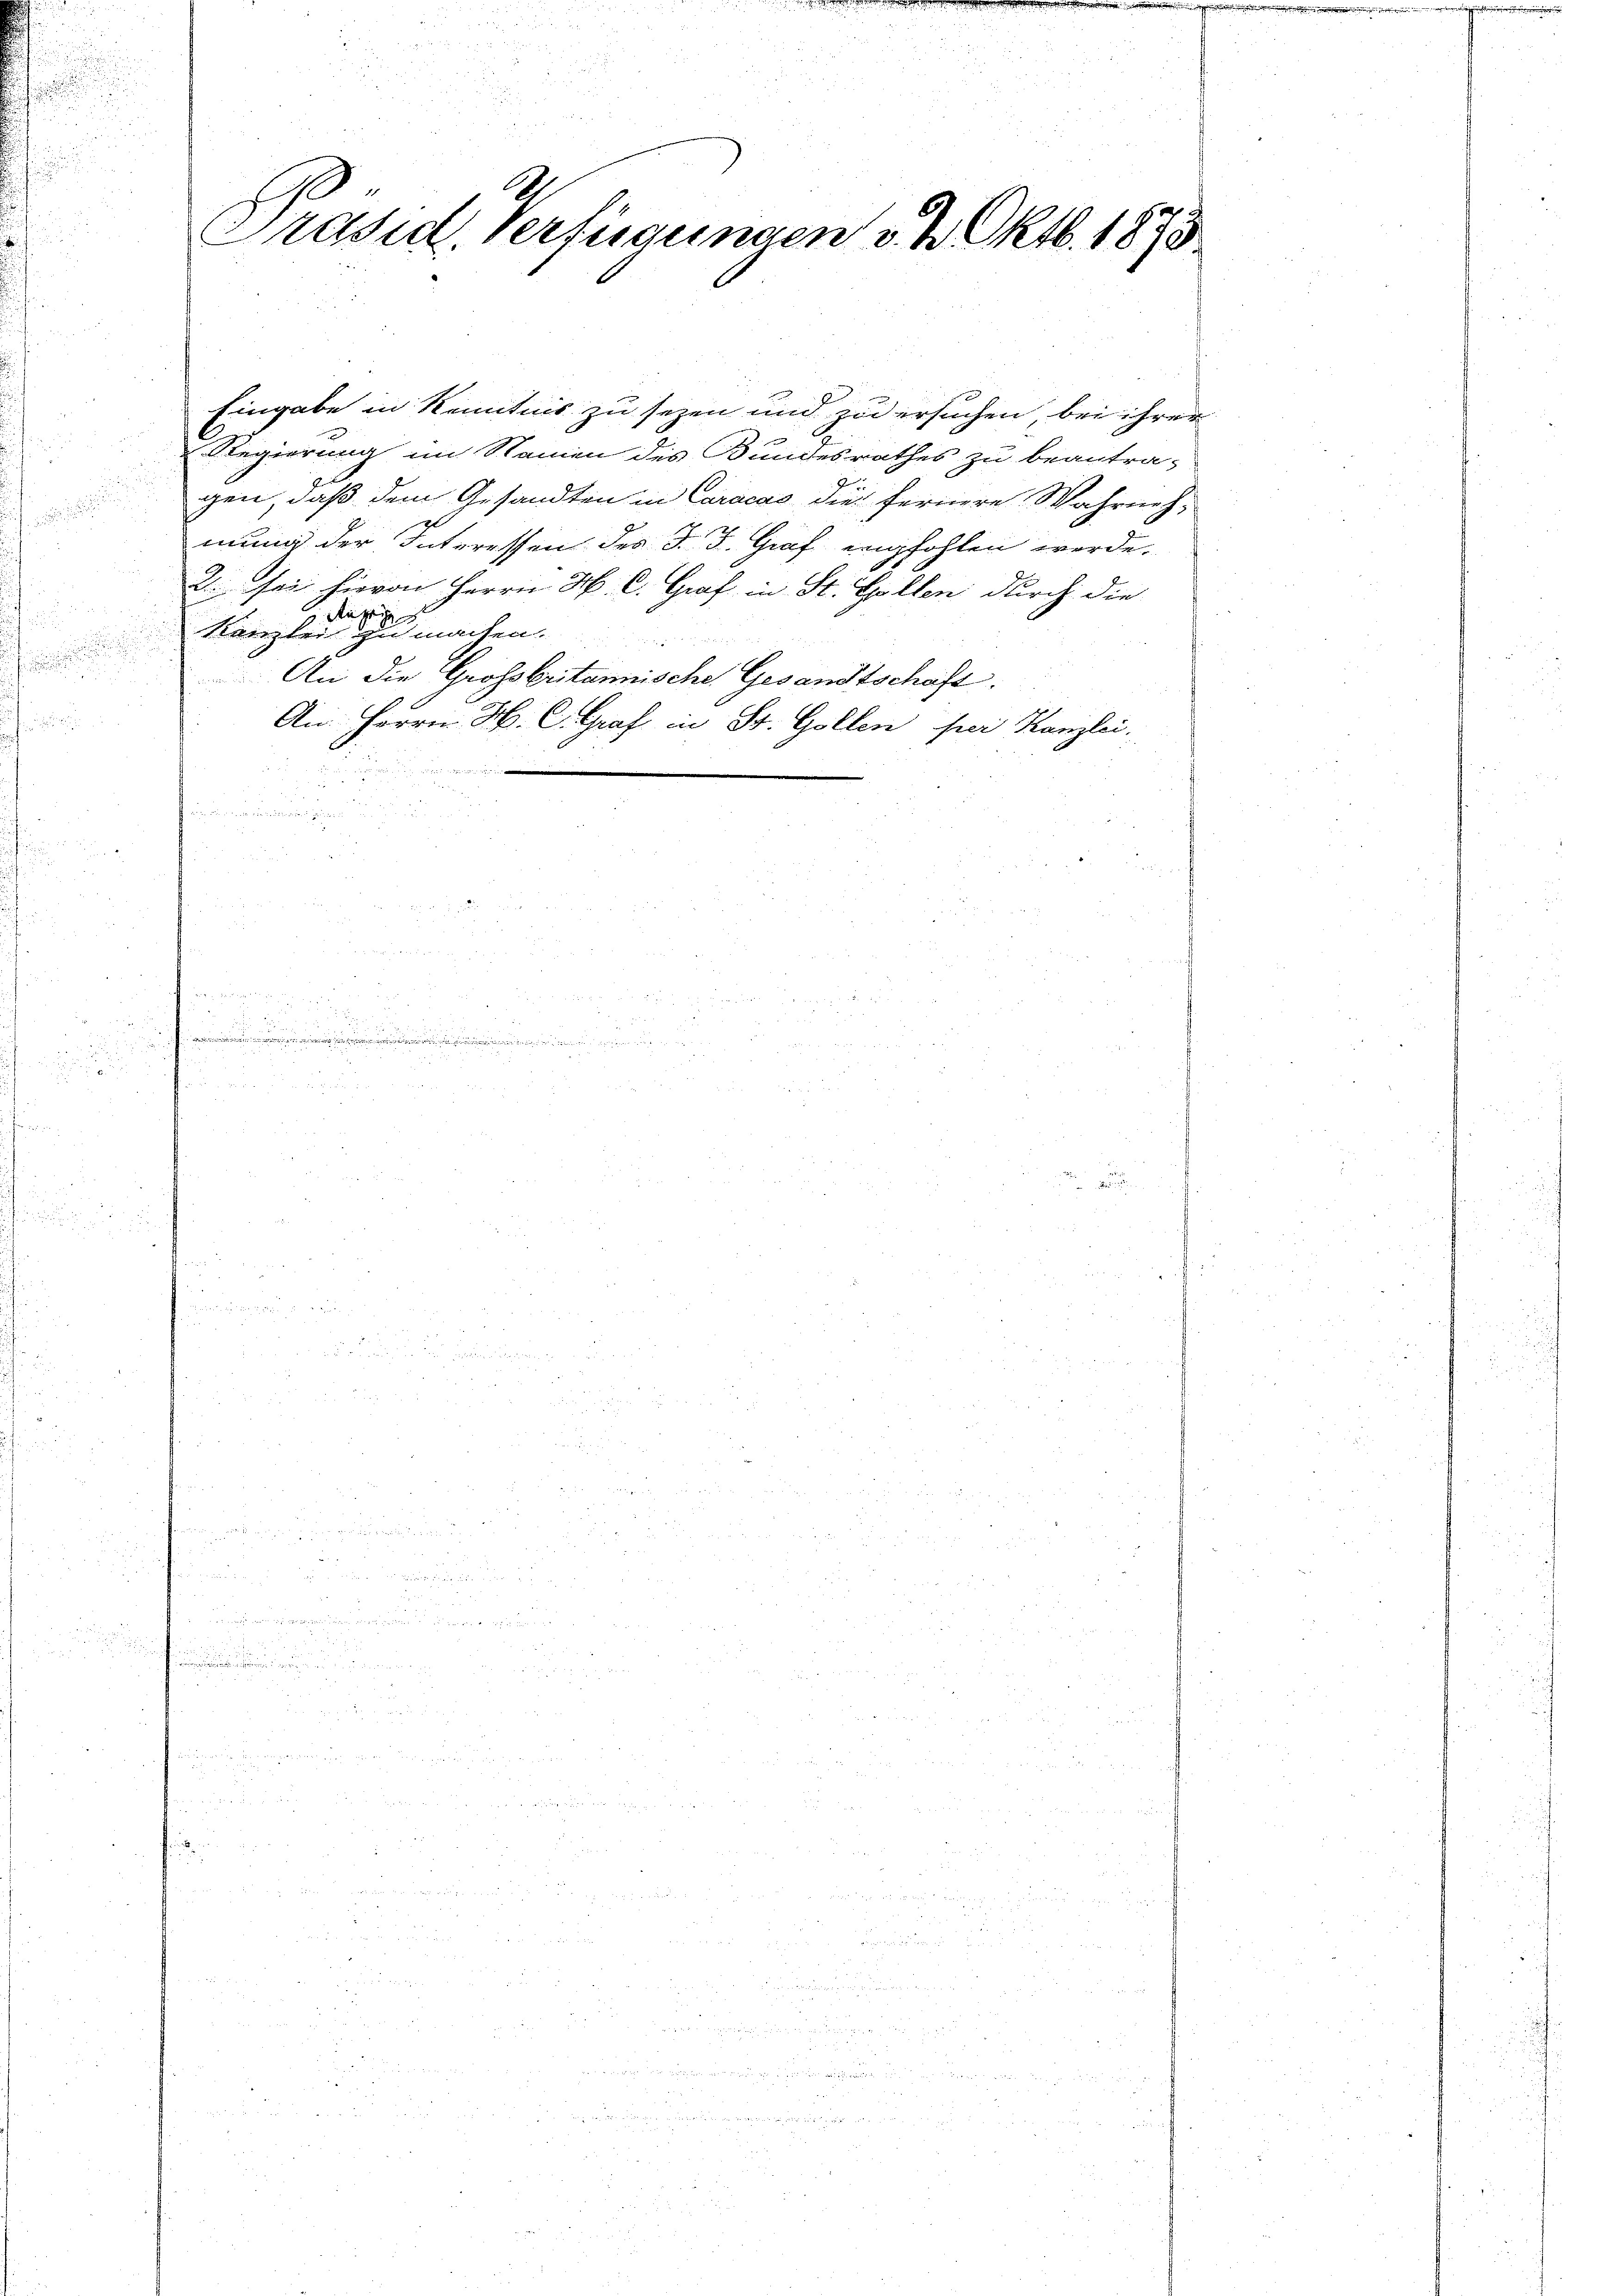
.

.
.
.
n

r

G
E
Präsid. Verfügungen v. 2. Oktb. 1873

Eingabe in Kenntnis zu sezen und zu ersuchen, bei ihrer
n
Regierung im Namen des Bundesrathes zu beantra-
gen, daß dem Gesandten in Caracas die fernere Wahrnehmung der Interessen des J. J. Graf empfohlen werde.
2. sei hievon Herrn H. C. Graf in St. Gallen durch die
Kanzlei es machen.
An die Grossbritannische Gesandtschaft.
An Herrn H. C. Graf in St. Gollen per Kanzlei

.

e